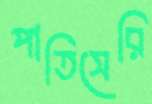
পাতিসেরি